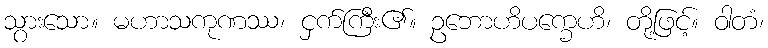
သွားသော။ မဟာသကုဏဿ၊ ငှက်ကြီး၏။ ဥဘောဟိပက္ခေဟိ၊ တို့ဖြင့်။ ဝါတံ၊